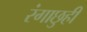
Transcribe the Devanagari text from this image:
रंगाछुही